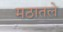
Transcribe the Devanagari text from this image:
मठातले